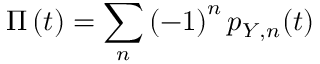
\Pi \left( t \right) = \sum _ { n } { \left( - 1 \right) ^ { n } p _ { Y , n } ( t ) }